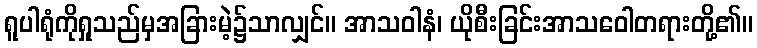
ရူပါရုံကိုရှုသည်မှအခြားမဲ့၌သာလျှင်။ အာသဝါနံ၊ ယိုစီးခြင်းအာသဝေါတရားတို့၏။